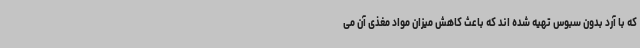
که با آرد بدون سبوس تهیه شده اند که باعث کاهش میزان مواد مغذی آن می